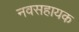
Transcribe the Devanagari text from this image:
नवसहायक